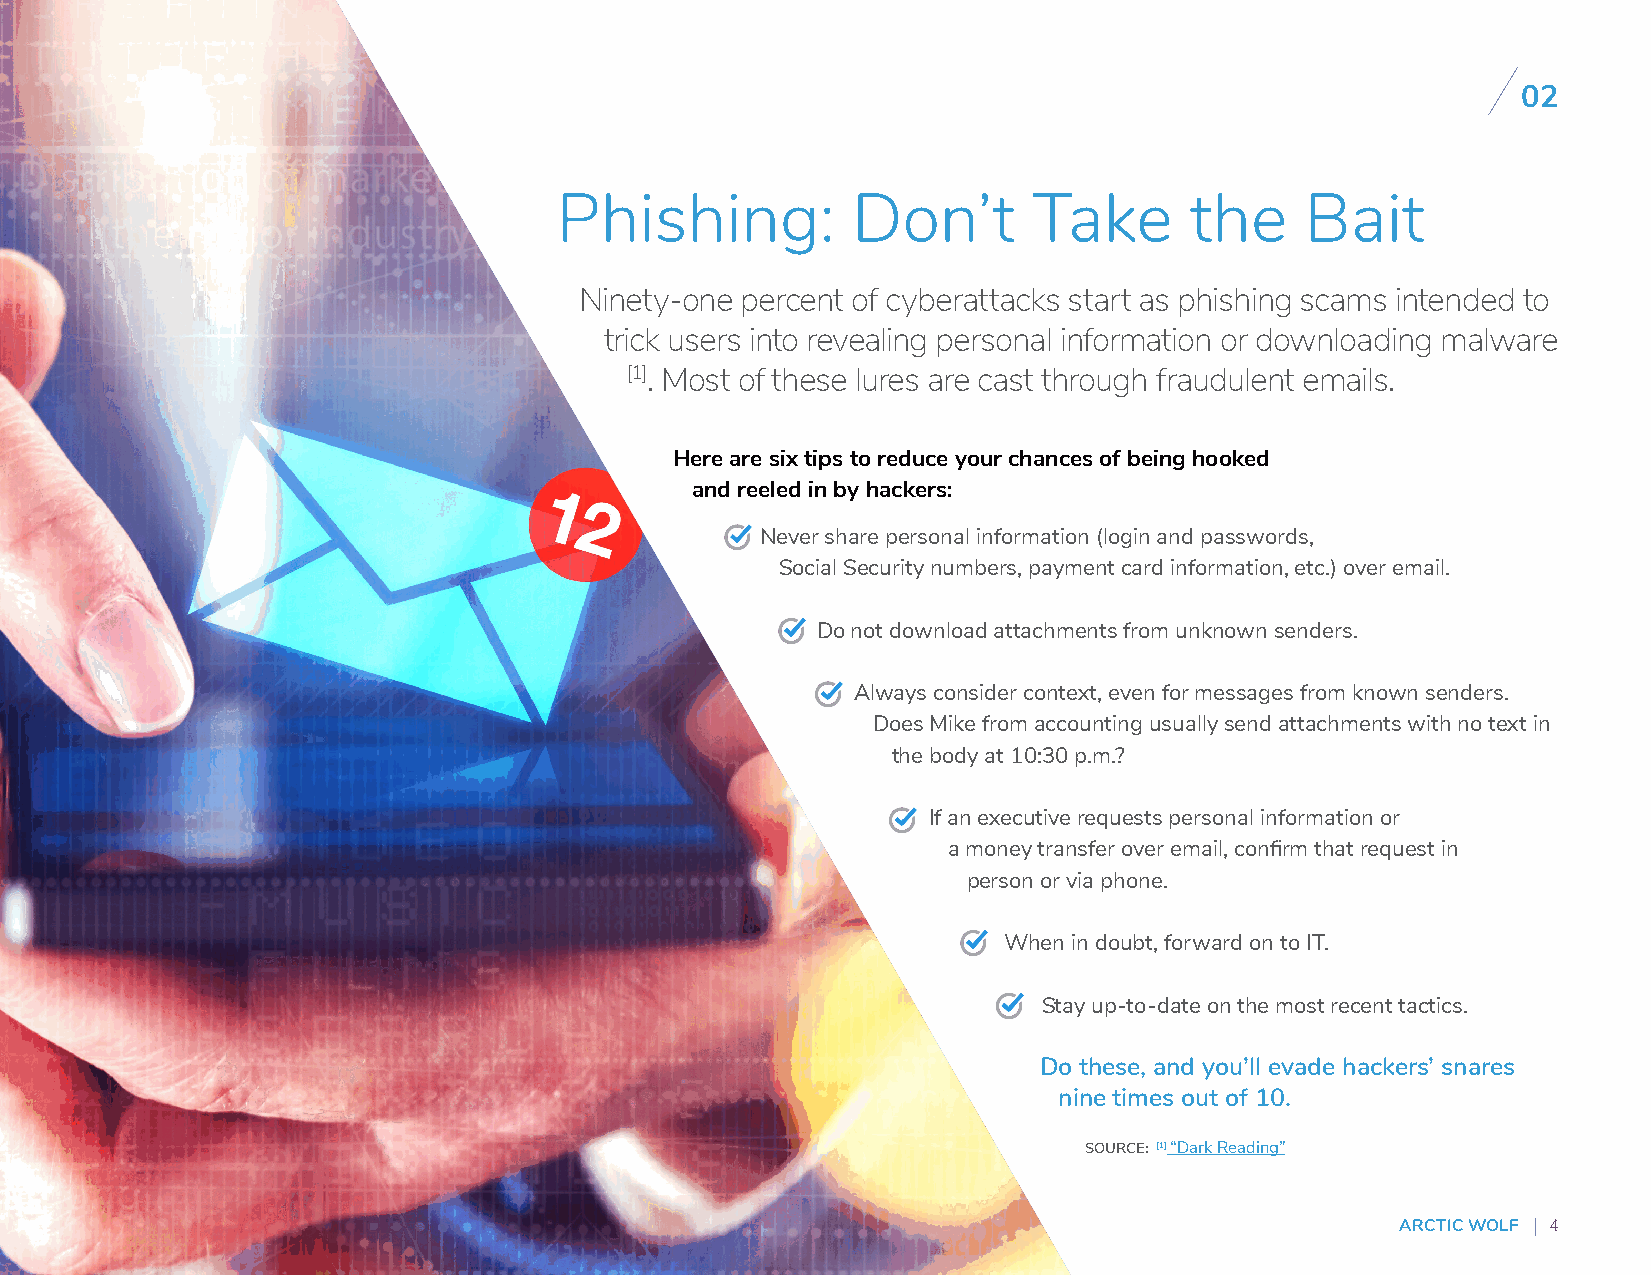
0022
 Phishing:          Don’t       Take       the    Bait
 Ninety-one percent of cyberattacks start as phishing scams intended to
 trick users into revealing personal information or downloading malware
 [1]. Most of these lures are cast through fraudulent emails.
 Here are six tips to reduce your chances of being hooked
 and reeled in by hackers:
 Never share personal information (login and passwords,
 Social Security numbers, payment card information, etc.) over email.
 Do not download attachments from unknown senders.
 Always consider context, even for messages from known senders.
 Does Mike from accounting usually send attachments with no text in
 the body at 10:30 p.m.?
 If an executive requests personal information or
 a money transfer over email, confirm that request in
 person or via phone.
 When in doubt, forward on to IT.
 Stay up-to-date on the most recent tactics.
 Do these, and you’ll evade hackers’ snares
 nine times out of 10.
 SOURCE: [1] “Dark Reading”
 ARCTIC WOLF 4